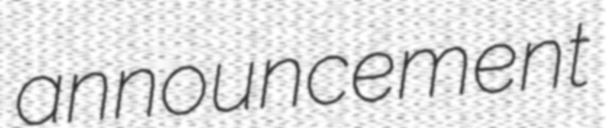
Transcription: announcement